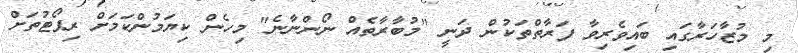
މި މުޒާހަރާގައި ބައިވެރިވާ ފަރާތްތަކުން ދަނީ "މުބާރާތެއް ނޯންނާނެ" މިހެން ކިޔަމުންކަމަށް ރިޕޯޓުތަށް